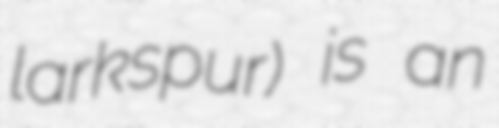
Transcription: larkspur) is an